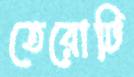
তেরোটি